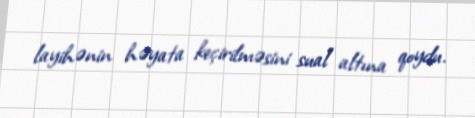
layihənin həyata keçirilməsini sual altına qoydu.